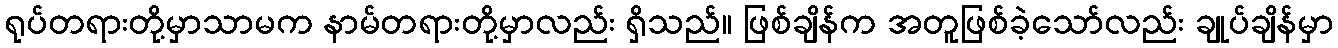
ရုပ်တရားတို့မှာသာမက နာမ်တရားတို့မှာလည်း ရှိသည်။ ဖြစ်ချိန်က အတူဖြစ်ခဲ့သော်လည်း ချုပ်ချိန်မှာ